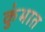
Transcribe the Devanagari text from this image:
कुंभात